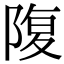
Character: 䧗